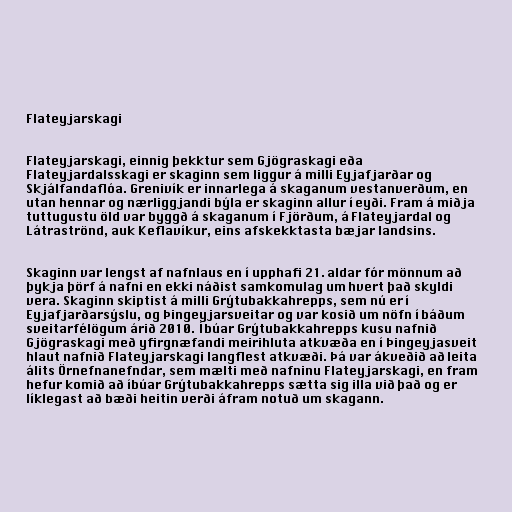
Flateyjarskagi

Flateyjarskagi, einnig þekktur sem Gjögraskagi eða
Flateyjardalsskagi er skaginn sem liggur á milli Eyjafjarðar og
Skjálfandaflóa. Grenivík er innarlega á skaganum vestanverðum, en
utan hennar og nærliggjandi býla er skaginn allur í eyði. Fram á miðja
tuttugustu öld var byggð á skaganum í Fjörðum, á Flateyjardal og
Látraströnd, auk Keflavíkur, eins afskekktasta bæjar landsins.

Skaginn var lengst af nafnlaus en í upphafi 21. aldar fór mönnum að
þykja þörf á nafni en ekki náðist samkomulag um hvert það skyldi
vera. Skaginn skiptist á milli Grýtubakkahrepps, sem nú er í
Eyjafjarðarsýslu, og Þingeyjarsveitar og var kosið um nöfn í báðum
sveitarfélögum árið 2010. Íbúar Grýtubakkahrepps kusu nafnið
Gjögraskagi með yfirgnæfandi meirihluta atkvæða en í Þingeyjasveit
hlaut nafnið Flateyjarskagi langflest atkvæði. Þá var ákveðið að leita
álits Örnefnanefndar, sem mælti með nafninu Flateyjarskagi, en fram
hefur komið að íbúar Grýtubakkahrepps sætta sig illa við það og er
líklegast að bæði heitin verði áfram notuð um skagann.